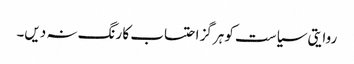
روایتی سیاست کو ہرگز احتساب کا رنگ نہ دیں۔